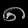
Digit: ၈